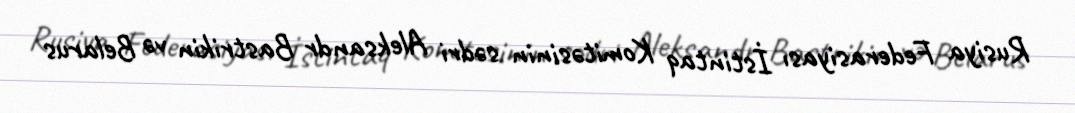
Rusiya Federasiyası İstintaq Komitəsinin sədri Aleksandr Bastrikin və Belarus